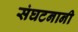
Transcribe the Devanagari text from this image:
संघटनानी